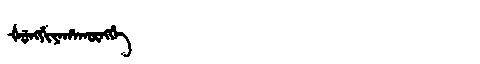
Manchu: ᡧᡠᠩᡤᡳᠶᠠᡥᠠᡴᡡᠩᡤᡝ
Romanization: ŠUNGGIYAHAKŪNGGE